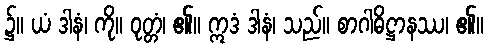
၌။ ယံ ဒါနံ၊ ကို။ ဝုတ္တံ၊ ၏။ ဣဒံ ဒါနံ၊ သည်။ စာဂါဓိဋ္ဌာနဿ၊ ၏။